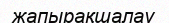
жапырақшалау